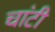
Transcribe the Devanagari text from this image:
चांटी